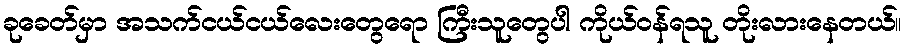
ခုခေတ်မှာ အသက်ငယ်ငယ်လေးတွေရော ကြီးသူတွေပါ ကိုယ်ဝန်ရသူ တိုးလားနေတယ်။